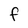
Character: F